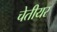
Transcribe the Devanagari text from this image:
चेतीयर